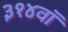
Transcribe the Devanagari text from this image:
३१४वॉ